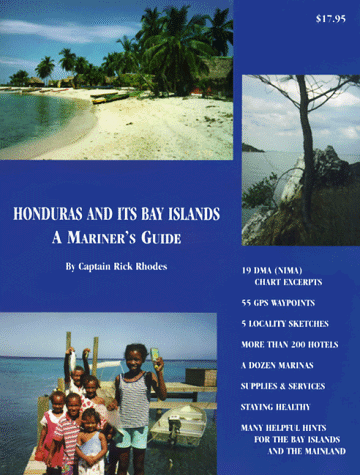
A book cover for HONDURAS AND ITS BAY ISLANDS -- A Mariner's Guide; Julie Wright; Travel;